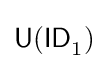
{\mathsf {U(ID}}_{1}{\mathsf {)}}